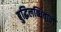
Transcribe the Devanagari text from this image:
बुद्धिलब्धिवाले